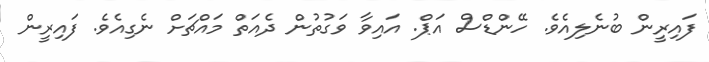
ފައިރީން ބުނެލިއެވެ. ހޭންޑްސް އަޕް. އައިވާ ވަގުތުން ދެއަތް މައްޗަށް ނެގިއެވެ. ފައިރީން